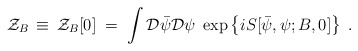
\begin{align*}{\mathcal Z}_B\,\equiv\,{\mathcal Z}_B[0]\;=\; \int{\mathcal D}{\bar\psi}{\mathcal D}\psi \;\exp \left \{ i S[{\bar \psi},\psi;B,0] \right\}\;.\end{align*}